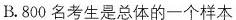
B.800名考生是总体的一个样本